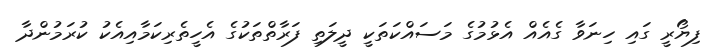
ފިޔޯރީ ގައި ހިނަވާ ގެއެއް އެޅުމުގެ މަސައްކަތަކީ ދީލަތި ފަރާތްތަކުގެ އެހީތެރިކަމާއިއެކު ކުރަމުންދާ